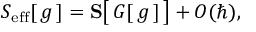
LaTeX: S _ { \mathrm { e f f } } [ \, g \, ] = \mathbf { S } \big [ \, G [ \, g \, ] \, \big ] + O ( \hbar ) ,